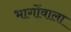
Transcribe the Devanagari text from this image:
भागोंवाला